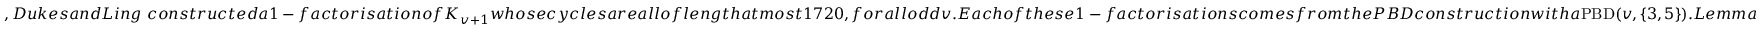
, D u k e s a n d L i n g ~ c o n s t r u c t e d a 1 - f a c t o r i s a t i o n o f K _ { v + 1 } w h o s e c y c l e s a r e a l l o f l e n g t h a t m o s t 1 7 2 0 , f o r a l l o d d v . E a c h o f t h e s e 1 - f a c t o r i s a t i o n s c o m e s f r o m t h e P B D c o n s t r u c t i o n w i t h a \mathrm { P B D } ( v , \{ 3 , 5 \} ) . L e m m a